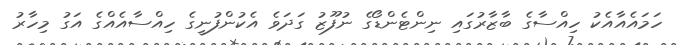
ހަމައެއާއެކު ހިއްސާގެ ބާޒާރުގައި ނިންޓެންޑޯގެ ނުފޫޒު ގަދަވެ އެކުންފުނީގެ ހިއްސާއެއްގެ އަގު މިހާރު